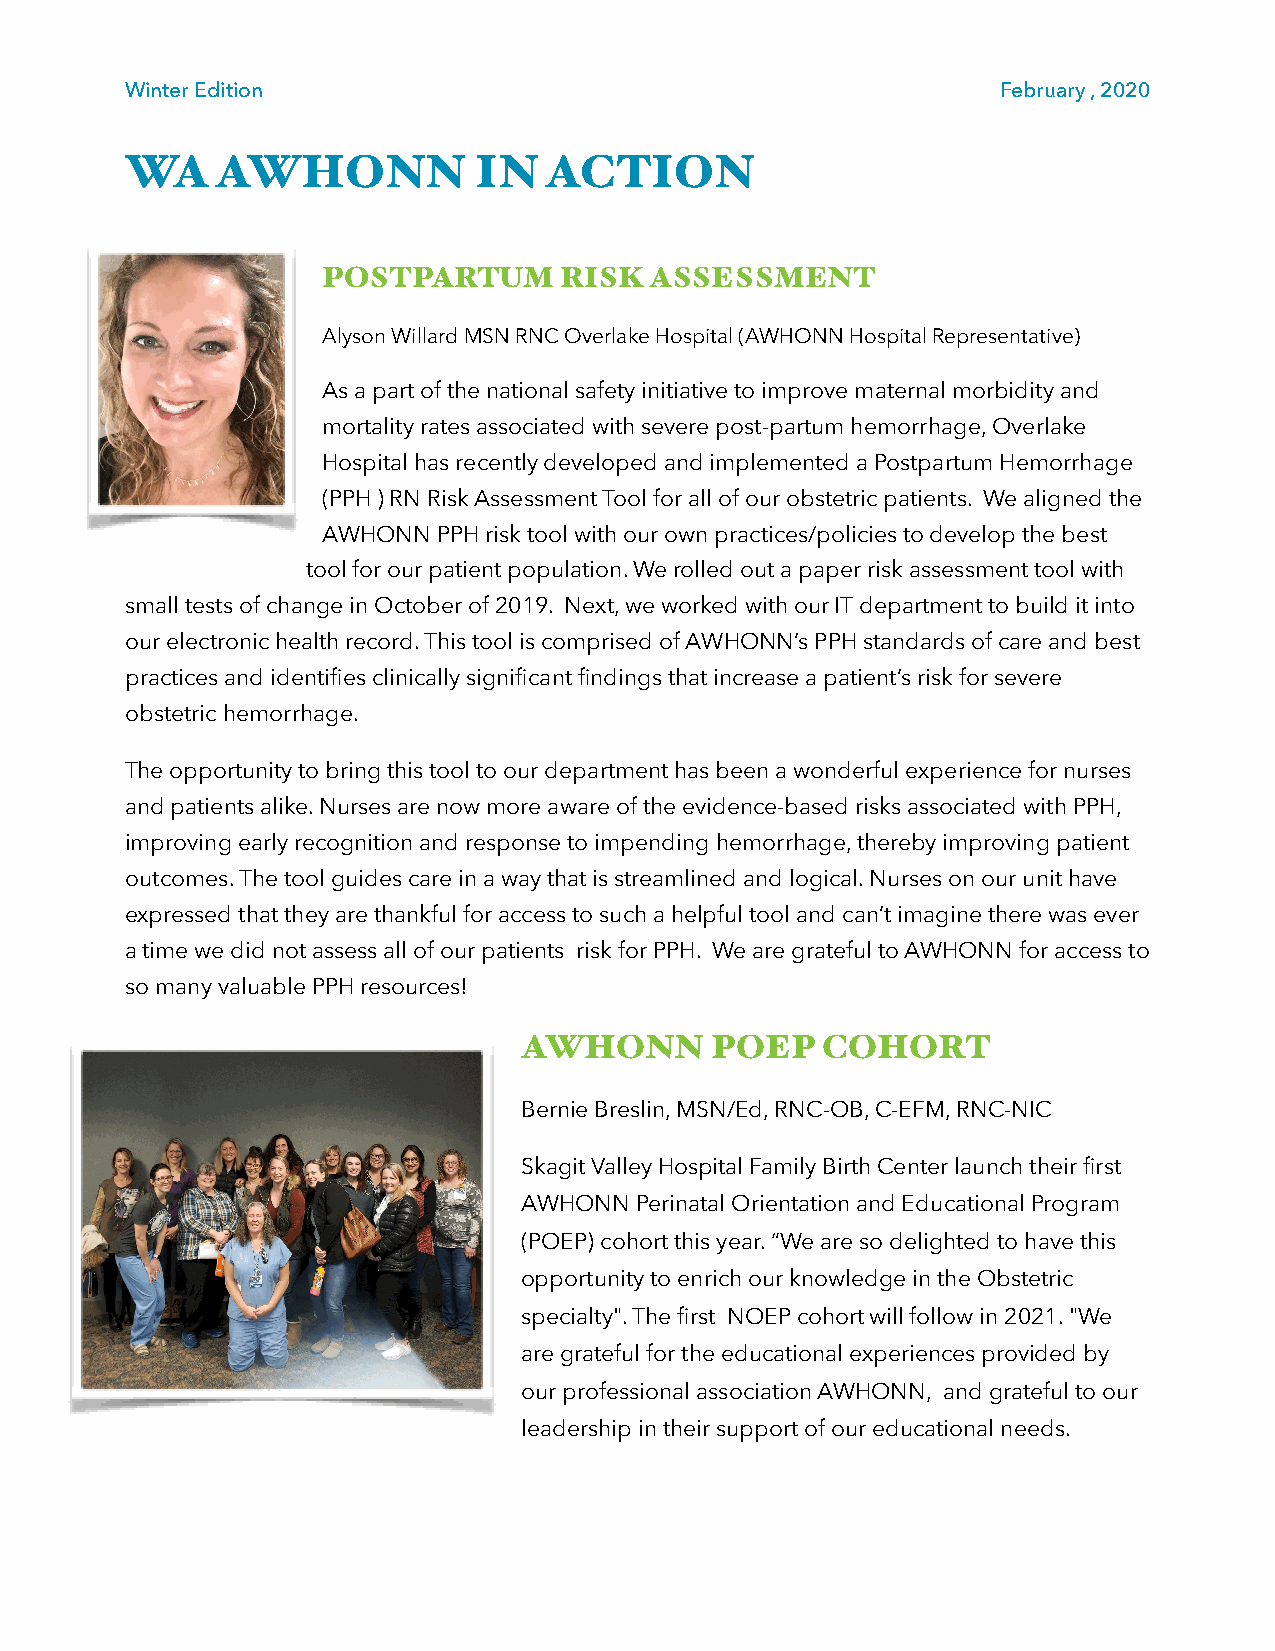
Winter Edition                                            February , 2020
 WA    AWHONN           IN   ACTION
 POSTPARTUM      RISK  ASSESSMENT
 Alyson Willard MSN RNC Overlake Hospital (AWHONN Hospital Representative)
 As a part of the national safety initiative to improve maternal morbidity and
 mortality rates associated with severe post-partum hemorrhage, Overlake
 Hospital has recently developed and implemented a Postpartum Hemorrhage
 (PPH ) RN Risk Assessment Tool for all of our obstetric patients. We aligned the
 AWHONN  PPH risk tool with our own practices/policies to develop the best
 tool for our patient population. We rolled out a paper risk assessment tool with
 small tests of change in October of 2019. Next, we worked with our IT department to build it into
 our electronic health record. This tool is comprised of AWHONN’s PPH standards of care and best
 practices and identifies clinically significant findings that increase a patient’s risk for severe
 obstetric hemorrhage.
 The opportunity to bring this tool to our department has been a wonderful experience for nurses
 and patients alike. Nurses are now more aware of the evidence-based risks associated with PPH,
 improving early recognition and response to impending hemorrhage, thereby improving patient
 outcomes. The tool guides care in a way that is streamlined and logical. Nurses on our unit have
 expressed that they are thankful for access to such a helpful tool and can’t imagine there was ever
 a time we did not assess all of our patients risk for PPH. We are grateful to AWHONN for access to
 so many valuable PPH resources!
 AWHONN      POEP   COHORT
 Bernie Breslin, MSN/Ed, RNC-OB, C-EFM, RNC-NIC
 Skagit Valley Hospital Family Birth Center launch their first
 AWHONN Perinatal Orientation and Educational Program
 (POEP) cohort this year. “We are so delighted to have this
 opportunity to enrich our knowledge in the Obstetric
 specialty". The first NOEP cohort will follow in 2021. "We
 are grateful for the educational experiences provided by
 our professional association AWHONN, and grateful to our
 leadership in their support of our educational needs.